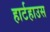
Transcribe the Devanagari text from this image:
हार्टहाउस